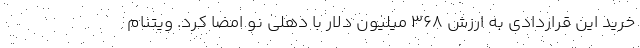
خرید این قراردادی به ارزش 368 میلیون دلار با دهلی نو امضا کرد. ویتنام